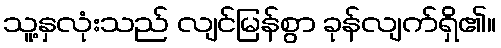
သူ့နှလုံးသည် လျင်မြန်စွာ ခုန်လျက်ရှိ၏။